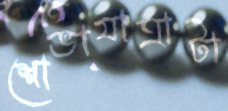
শোভাযাত্রাটা